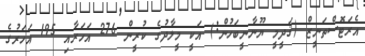
އެރަޓޮސްތަނީޒް (ޤަދީމީ ޔޫނާނީބަހުން:) އަކީ މީލާދުގެ ކުރީން 276 އަހަރާއި 195 އަހަރުގެ